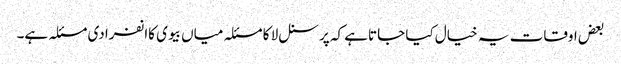
بعض اوقات یہ خیال کیا جاتاہے کہ پرسنل لا کا مسئلہ میاں بیوی کاانفرادی مسئلہ ہے۔